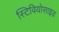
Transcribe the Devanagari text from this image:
स्टिवियोसाइड